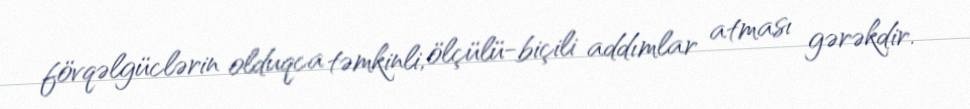
fövqəlgüclərin olduqca təmkinli, ölçülü-biçili addımlar atması gərəkdir.